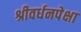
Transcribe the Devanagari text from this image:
श्रीवर्धनपेक्षा